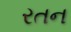
રતન